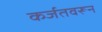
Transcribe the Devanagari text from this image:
कर्जतवरून